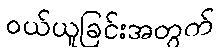
ဝယ်ယူခြင်းအတွက်